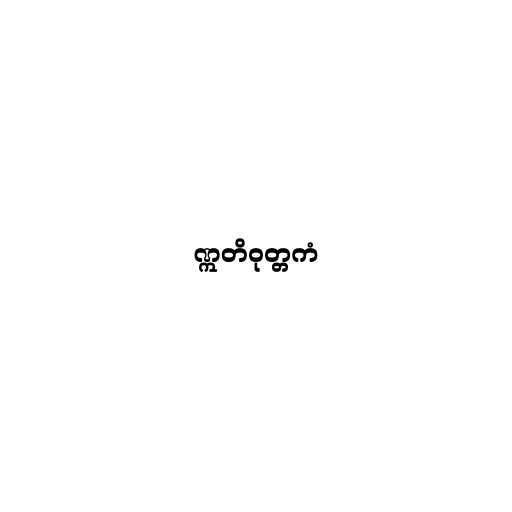
ဣတိဝုတ္တကံ